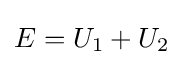
E=U_{1}+U_{2}